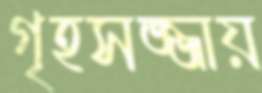
গৃহসজ্জায়